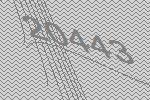
20443